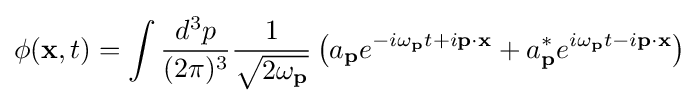
\phi (\mathbf {x} ,t)=\int {\frac {d^{3}p}{(2\pi )^{3}}}{\frac {1}{\sqrt {2\omega _{\mathbf {p} }}}}\left(a_{\mathbf {p} }e^{-i\omega _{\mathbf {p} }t+i\mathbf {p} \cdot \mathbf {x} }+a_{\mathbf {p} }^{*}e^{i\omega _{\mathbf {p} }t-i\mathbf {p} \cdot \mathbf {x} }\right)